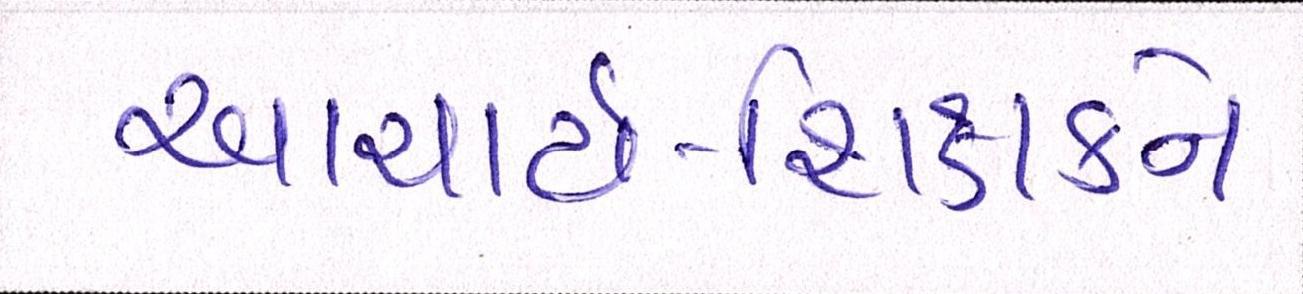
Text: આચાર્ય-શિક્ષકને